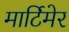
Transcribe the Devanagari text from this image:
मार्टिमेर